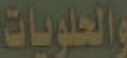
والحلويات